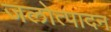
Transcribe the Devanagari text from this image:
जलोत्पादन